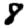
Digit: 8